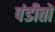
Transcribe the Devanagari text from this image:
पंडीतों